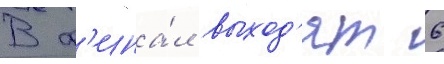
В ф'ина́л выход'ят 6